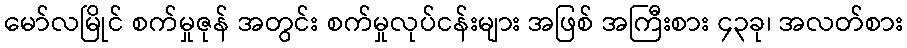
မော်လမြိုင် စက်မှုဇုန် အတွင်း စက်မှုလုပ်ငန်းများ အဖြစ် အကြီးစား ၄၃ခု၊ အလတ်စား